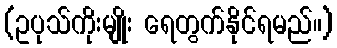
(ဥပုသ်ကိုးမျိုး ရေတွက်နိုင်ရမည်။)